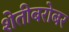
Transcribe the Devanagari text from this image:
शेतीबरोबर